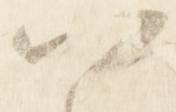
以